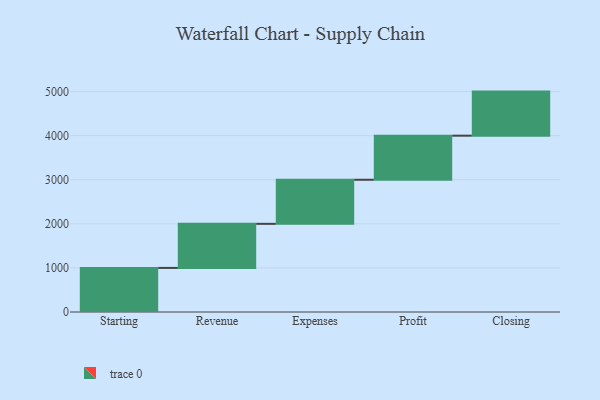
{"axis": {"x": "Step", "y": "Value"}, "legend": [""], "data": [{"x": "Starting", "y": 1000, "type": ""}, {"x": "Revenue", "y": 1000, "type": ""}, {"x": "Expenses", "y": 1000, "type": ""}, {"x": "Profit", "y": 1000, "type": ""}, {"x": "Closing", "y": 1000, "type": ""}]}